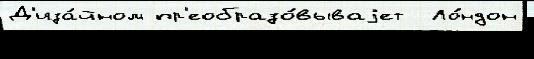
Д'иза́йном пр'еобразо́вываjет  Ло́ндон